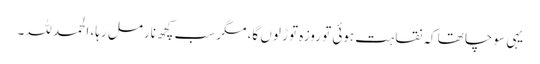
یہی سوچا تھا کہ نقاہت ہوئی تو روزہ توڑ لوں گا، مگر سب کچھ نارمل رہا، الحمد للہ۔